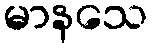
မာနသေ